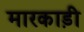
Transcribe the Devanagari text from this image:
मारकाड़ी